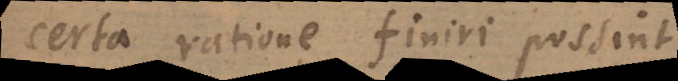
certa ratione finiri possint.